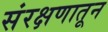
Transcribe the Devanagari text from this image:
संरक्षणातून